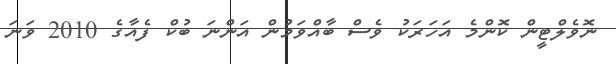
ނޮވެލްޓީން ކޮންމެ އަހަރަކު ވެސް ބާއްވަމުން އަންނަ ބުކް ފެއާގެ 2010 ވަނަ